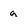
Character: g